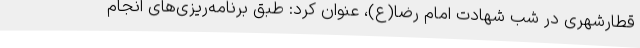
قطارشهری در شب شهادت امام رضا(ع)، عنوان کرد: طبق برنامه‌ریزی‌های انجام